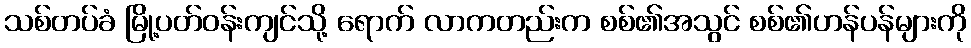
သစ်တပ်ခံ မြို့ပတ်ဝန်းကျင်သို့ ရောက် လာကတည်းက စစ်၏အသွင် စစ်၏ဟန်ပန်များကို